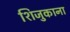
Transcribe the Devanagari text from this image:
शिजुकाना